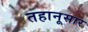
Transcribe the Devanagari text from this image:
तहानूसार